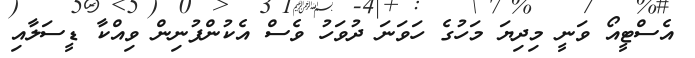
އެސްޓީއޯ ވަނީ މިދިޔަ މަހުގެ ހަވަނަ ދުވަހު ވެސް އެކުންފުނިން ވިއްކާ ޑީސަލާއި